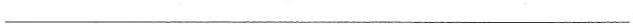
___